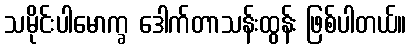
သမိုင်းပါမောက္ခ ဒေါက်တာသန်းထွန်း ဖြစ်ပါတယ်။